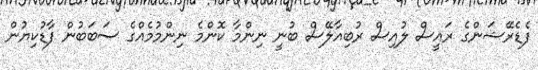
ފެޑެރޭޝަންގެ ރައީސް ލުއިސް ރުބިއާލޭސް ބުނީ ނިންމާ ކޮންމެ ނިންމުމެއްގެ ސަބަބުން ފާޑުކިޔުން